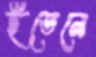
ইডেনে